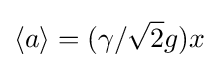
\langle a\rangle =(\gamma /{\sqrt {2}}g)x